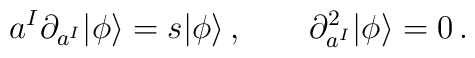
a^I\partial_{a^I}|\phi\rangle=s|\phi\rangle\,,\qquad\partial_{a^I}^2|\phi\rangle=0\,.